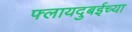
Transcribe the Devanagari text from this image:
फ्लायदुबईच्या